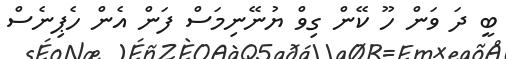
ބީ ދަ ވަން ހޫ ކޭން ގިވް ޔުނޭނިމަސް ފަން އެން ހެޕިނެސް